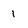
Character: 1